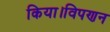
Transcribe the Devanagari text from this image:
किया।विपणन